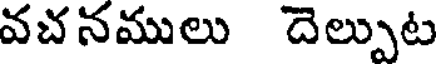
వచనములు దెల్పుట